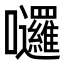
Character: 𡆗